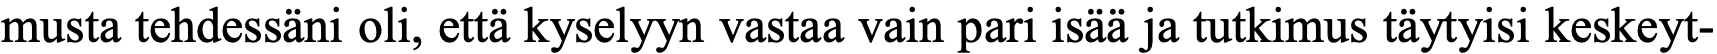
musta tehdessäni oli, että kyselyyn vastaa vain pari isää ja tutkimus täytyisi keskeyt-